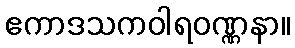
ဧကာဒသကဝါရဝဏ္ဏနာ။